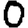
Digit: 0